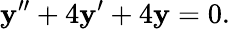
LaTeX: \mathbf{y}^{\prime\prime}+4\mathbf{y}^{\prime}+4\mathbf{y}=0.